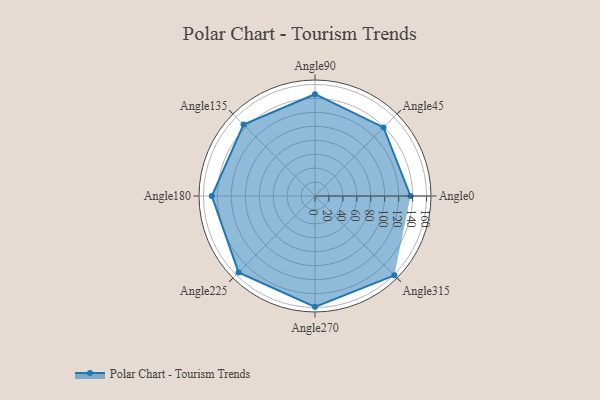
{"axis": {"x": "Angle", "y": "Radius"}, "legend": [""], "data": [{"x": "Angle0", "y": 137.0, "type": ""}, {"x": "Angle45", "y": 139.0, "type": ""}, {"x": "Angle90", "y": 146.0, "type": ""}, {"x": "Angle135", "y": 145.0, "type": ""}, {"x": "Angle180", "y": 148.0, "type": ""}, {"x": "Angle225", "y": 155.0, "type": ""}, {"x": "Angle270", "y": 159.0, "type": ""}, {"x": "Angle315", "y": 161.0, "type": ""}]}